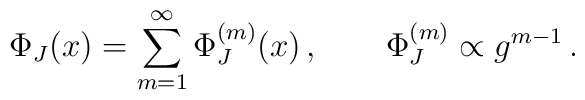
\Phi_J(x) = \sum_{m=1}^\infty \Phi_J^{(m)}(x) \,, \qquad  \Phi_J^{(m)} \propto g^{m-1} \,.